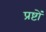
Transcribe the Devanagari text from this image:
प्रष्टों